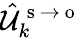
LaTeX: \hat{\mathcal{U}}_{k}^{\mathrm{~s~}\to\mathrm{~o~}}